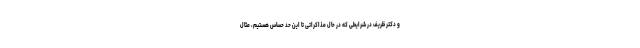
و دکتر ظریف در شرایطی که در حال مذاکراتی تا این حد حساس هستیم، مثال